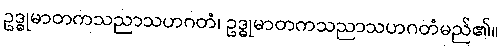
ဥဒ္ဓုမာတကသညာသဟဂတံ၊ ဥဒ္ဓုမာတကသညာသဟဂတံမည်၏။